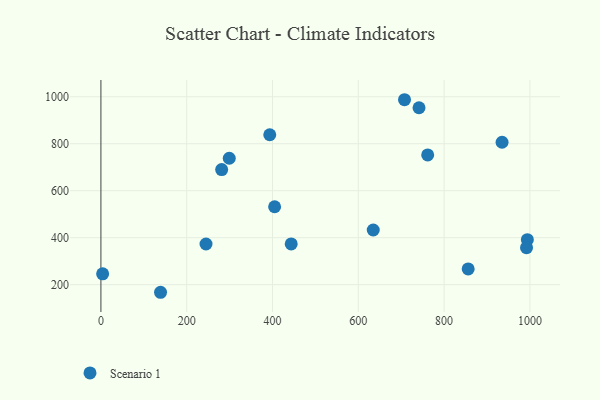
{"axis": {"x": "Speed", "y": "Sales"}, "legend": ["Scenario 1"], "data": [{"x": "634.8", "y": 432.8, "type": "Scenario 1"}, {"x": "281.5", "y": 689.8, "type": "Scenario 1"}, {"x": "4.0", "y": 246.0, "type": "Scenario 1"}, {"x": "404.9", "y": 531.6, "type": "Scenario 1"}, {"x": "935.1", "y": 806.3, "type": "Scenario 1"}, {"x": "707.7", "y": 987.3, "type": "Scenario 1"}, {"x": "761.7", "y": 752.2, "type": "Scenario 1"}, {"x": "139.0", "y": 167.6, "type": "Scenario 1"}, {"x": "856.1", "y": 267.0, "type": "Scenario 1"}, {"x": "245.0", "y": 373.1, "type": "Scenario 1"}, {"x": "299.2", "y": 738.2, "type": "Scenario 1"}, {"x": "994.1", "y": 391.5, "type": "Scenario 1"}, {"x": "393.6", "y": 838.2, "type": "Scenario 1"}, {"x": "443.6", "y": 373.3, "type": "Scenario 1"}, {"x": "992.1", "y": 357.5, "type": "Scenario 1"}, {"x": "741.5", "y": 953.2, "type": "Scenario 1"}]}